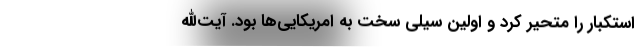
استکبار را متحیر کرد و اولین سیلی سخت به امریکایی‌ها بود. آیت‌الله